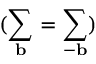
( \sum _ { \mathbf { b } } = \sum _ { - \mathbf { b } } )